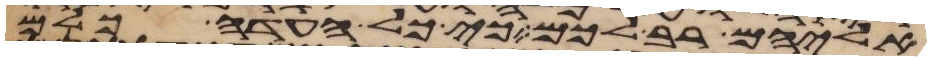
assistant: אליהם רב לכם כי כל העדה כלם